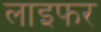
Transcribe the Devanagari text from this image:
लाइफर